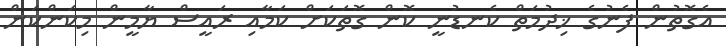
އެގޮތުން ފެނުގެ ޚިދުމަތް ކެނޑުނީ ކޮން ގޮތަކަށް ކަމާއި ރައީސް ޔާމީން މިކަންކަން